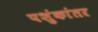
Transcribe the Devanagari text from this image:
पशुंकांतर